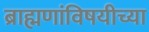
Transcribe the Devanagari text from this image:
ब्राह्मणांविषयीच्या